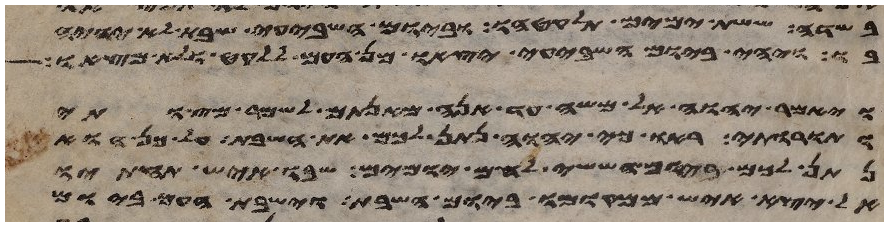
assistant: בשדה ששת ימים תלקטהו וביום השביעי שבת לא יהיה
בו ויהי ביום השביעי יצאו מן העם ללקט ולא מצאו
ויאמר יהוה אל משה עד הנה מאנתם לשמר מצותי
ותורותי ראו כי יהוה נתן לכם את השבת על כן הוא
נתן לכם ביום הששי לחם יומים שבו איש תחתיו
אל יצא איש ממקומו ביום השבת וישבת העם ביום